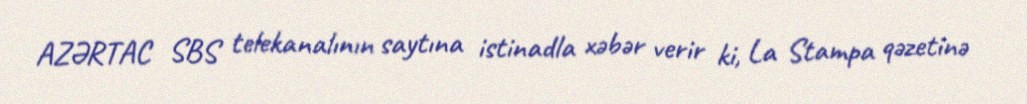
AZƏRTAC SBS telekanalının saytına istinadla xəbər verir ki, La Stampa qəzetinə